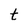
Character: t